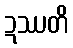
ဍဿတိ